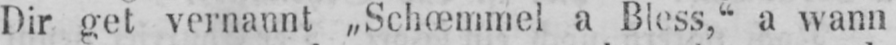
Dir get vernannt „Schœmmel a Bless,“ a wann